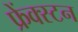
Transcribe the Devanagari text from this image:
फ्रेंक्स्टन